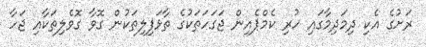
ރަށުގެ އެކި ދިމަދިމާގައި ހުރި ކެމްޕެއިން ޖަގަހަތަކުގެ ތާޅަފިލިތަކުން ގޮވާ ގޮވެލިތަކާއި ޖަހާ